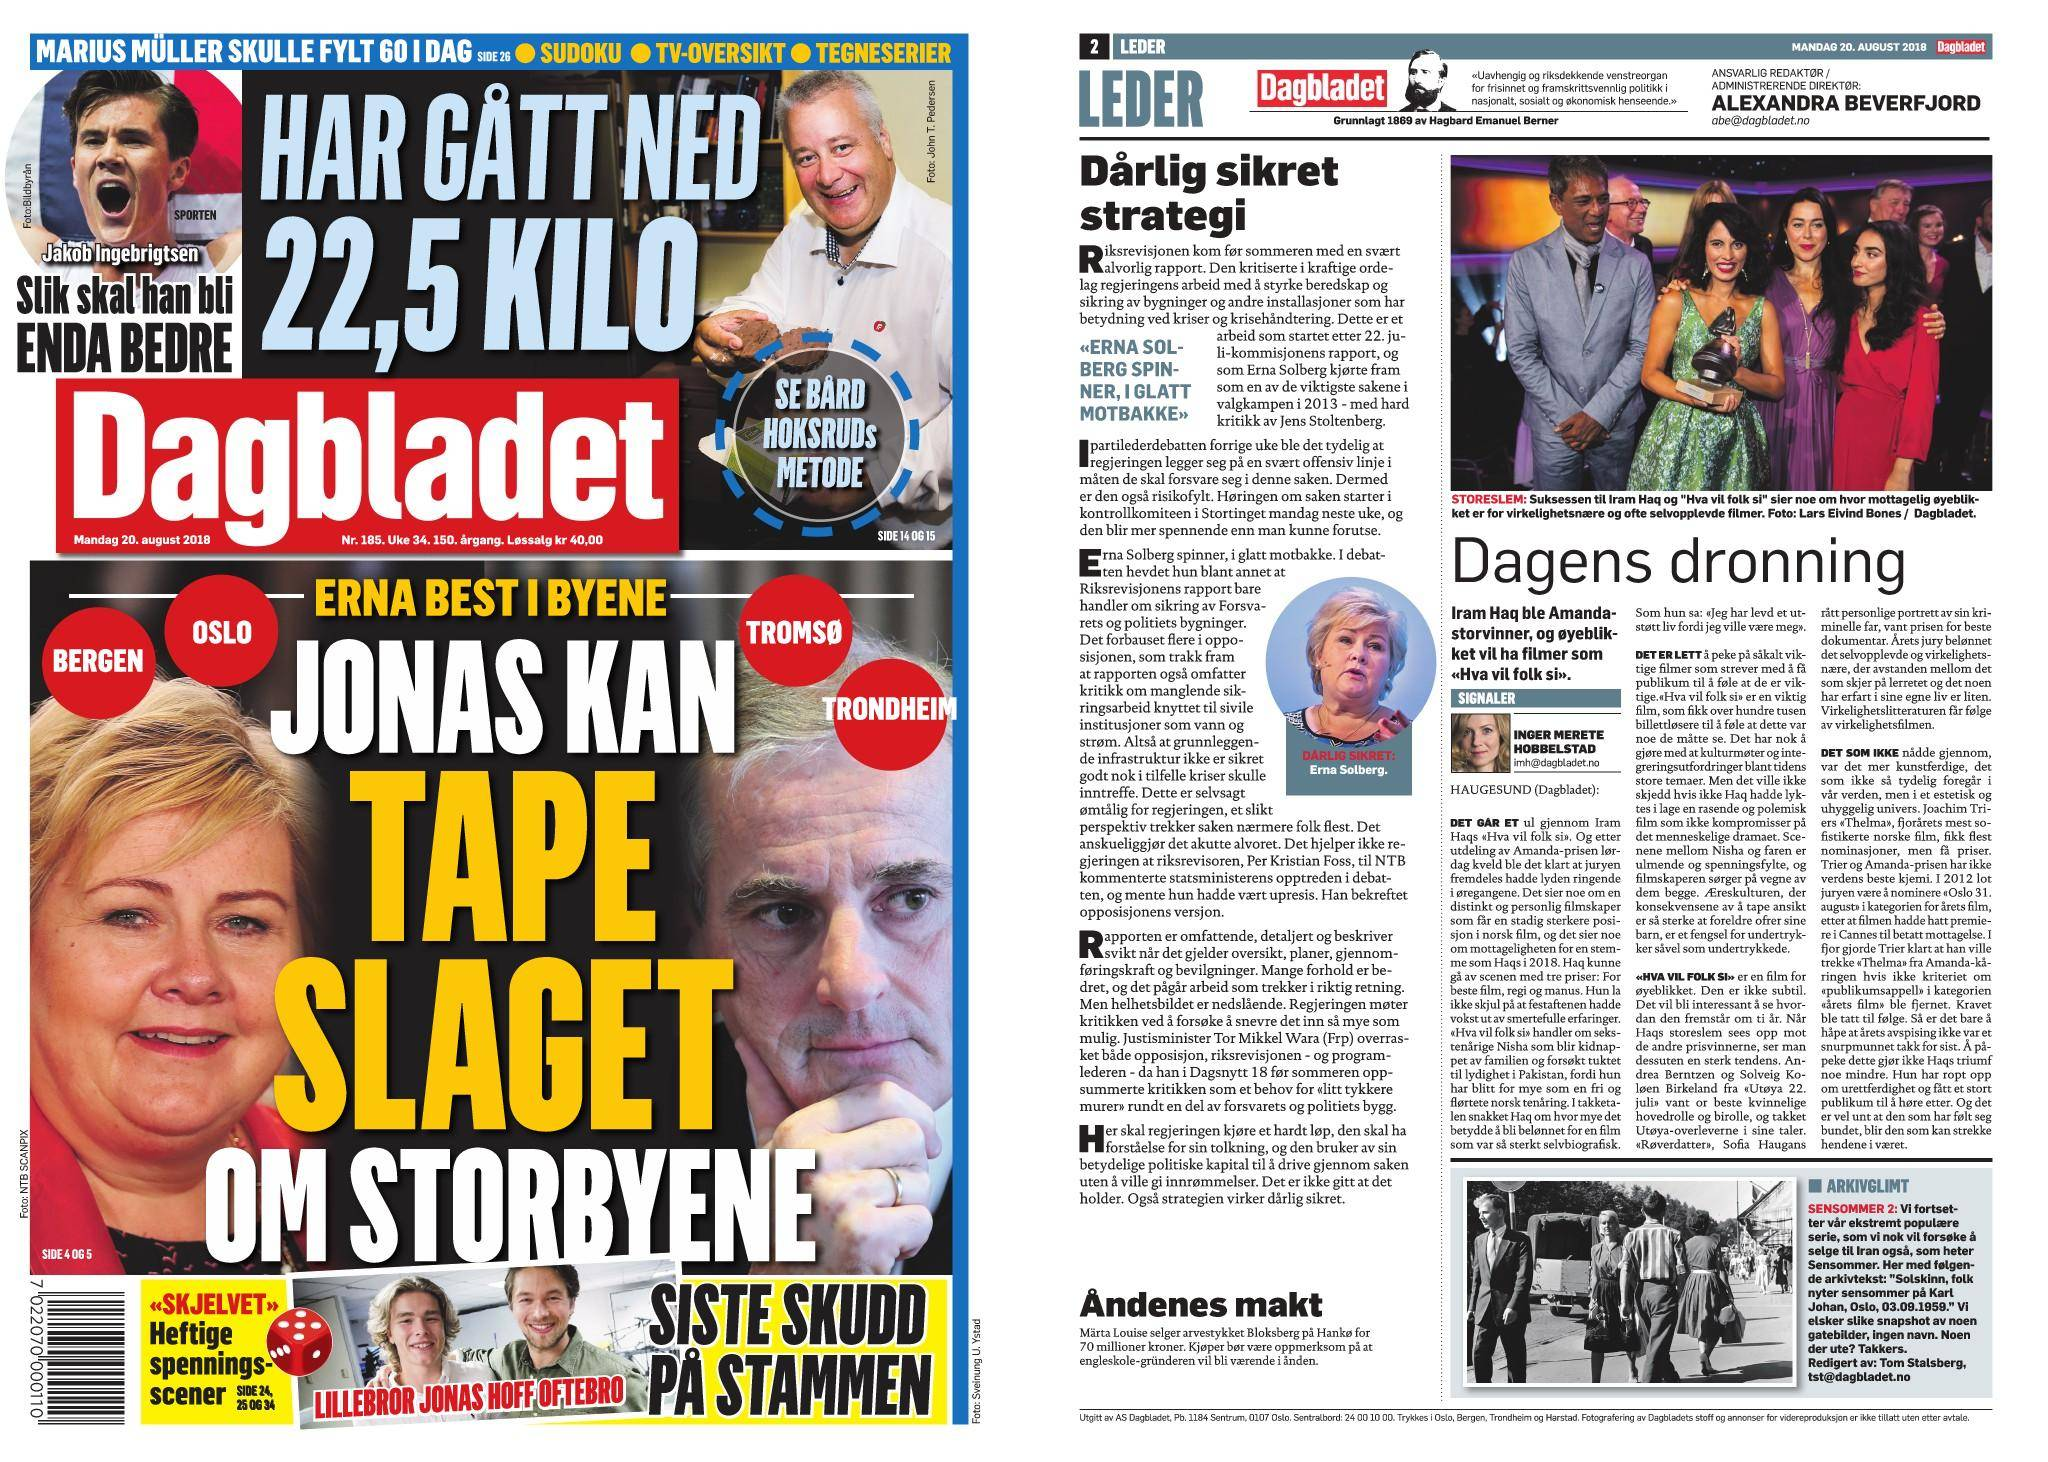
Language: no